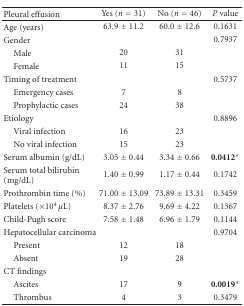
<table><thead><tr><td><b>Pleural effusion</b></td><td><b>Yes (<i>n</i> = 31)</b></td><td><b>No (<i>n</i> = 46)</b></td><td><b><i>P</i> value</b></td></tr></thead><tbody><tr><td>Age (years)</td><td>63.9 ± 11.2</td><td>60.0 ± 12.6</td><td>0.1631</td></tr><tr><td>Gender</td><td> </td><td> </td><td>0.7937</td></tr><tr><td> Male</td><td>20</td><td>31</td><td> </td></tr><tr><td> Female</td><td>11</td><td>15</td><td> </td></tr><tr><td>Timing of treatment</td><td> </td><td> </td><td>0.5737</td></tr><tr><td> Emergency cases</td><td>7</td><td>8</td><td> </td></tr><tr><td> Prophylactic cases</td><td>24</td><td>38</td><td> </td></tr><tr><td>Etiology</td><td> </td><td> </td><td>0.8896</td></tr><tr><td> Viral infection</td><td>16</td><td>23</td><td> </td></tr><tr><td> No viral infection</td><td>15</td><td>23</td><td> </td></tr><tr><td>Serum albumin (g/dL)</td><td>3.05 ± 0.44</td><td>3.34 ± 0.66</td><td><b>0.0412</b>*</td></tr><tr><td>Serum total bilirubin (mg/dL)</td><td>1.40 ± 0.99</td><td>1.17 ± 0.44</td><td>0.1742</td></tr><tr><td>Prothrombin time (%)</td><td>71.00 ± 13.09</td><td>73.89 ± 13.31</td><td>0.3459</td></tr><tr><td>Platelets (×10<sup>4</sup> <i>μ</i>L)</td><td>8.37 ± 2.76</td><td>9.69 ± 4.22</td><td>0.1367</td></tr><tr><td>Child-Pugh score</td><td>7.58 ± 1.48</td><td>6.96 ± 1.79</td><td>0.1144</td></tr><tr><td>Hepatocellular carcinoma</td><td> </td><td> </td><td>0.9704</td></tr><tr><td> Present</td><td>12</td><td>18</td><td> </td></tr><tr><td> Absent</td><td>19</td><td>28</td><td> </td></tr><tr><td>CT findings</td><td> </td><td> </td><td> </td></tr><tr><td> Ascites</td><td>17</td><td>9</td><td><b>0.0019</b>*</td></tr><tr><td> Thrombus</td><td>4</td><td>3</td><td>0.3479</td></tr></tbody></table>